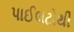
પાઈલટોથી